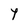
Character: Y